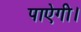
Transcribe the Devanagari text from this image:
पाऐगी।